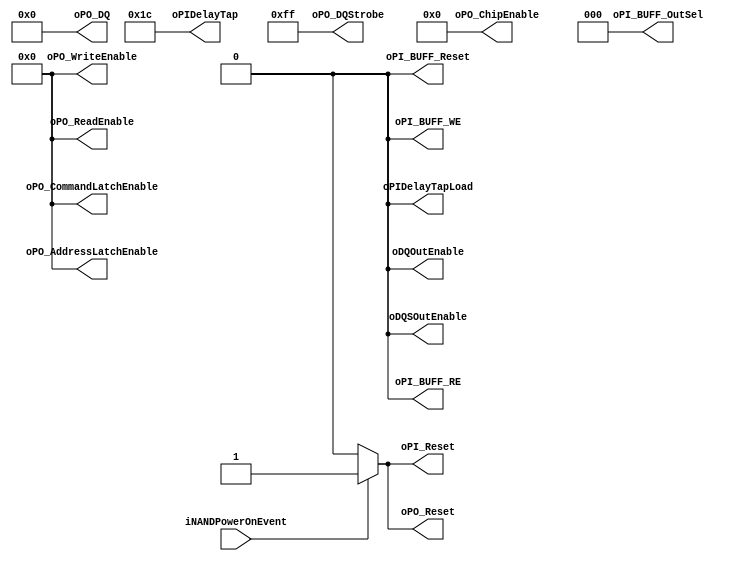
//////////////////////////////////////////////////////////////////////////////////
// NPM_Toggle_IDLE_DDR100 for Cosmos OpenSSD
// Copyright (c) 2015 Hanyang University ENC Lab.
// Contributed by Ilyong Jung <iyjung@enc.hanyang.ac.kr>
//                Yong Ho Song <yhsong@enc.hanyang.ac.kr>
//
// This file is part of Cosmos OpenSSD.
//
// Cosmos OpenSSD is free software; you can redistribute it and/or modify
// it under the terms of the GNU General Public License as published by
// the Free Software Foundation; either version 3, or (at your option)
// any later version.
//
// Cosmos OpenSSD is distributed in the hope that it will be useful,
// but WITHOUT ANY WARRANTY; without even the implied warranty of
// MERCHANTABILITY or FITNESS FOR A PARTICULAR PURPOSE.
// See the GNU General Public License for more details.
//
// You should have received a copy of the GNU General Public License
// along with Cosmos OpenSSD; see the file COPYING.
// If not, see <http://www.gnu.org/licenses/>. 
//////////////////////////////////////////////////////////////////////////////////

//////////////////////////////////////////////////////////////////////////////////
// Company: ENC Lab. <http://enc.hanyang.ac.kr>
// 
// Project Name: Cosmos OpenSSD
// Design Name: NPM_Toggle_IDLE_DDR100
// Module Name: NPM_Toggle_IDLE_DDR100
//
// Version: v1.0.0
//
// Description: NFC PM idle FSM
//
//////////////////////////////////////////////////////////////////////////////////

//////////////////////////////////////////////////////////////////////////////////
// Revision History:
//
// * v1.0.0
//   - first draft
//////////////////////////////////////////////////////////////////////////////////
`timescale 1ns / 1ps

module NPM_Toggle_IDLE_DDR100
#
(
    parameter NumberOfWays    =   4
)
(
    iNANDPowerOnEvent       ,
    oPI_Reset               ,
    oPI_BUFF_Reset          ,
    oPO_Reset               ,
    oPI_BUFF_RE             ,
    oPI_BUFF_WE             ,
    oPI_BUFF_OutSel         ,
    oPIDelayTapLoad         ,
    oPIDelayTap             ,
    oPO_DQStrobe            ,
    oPO_DQ                  ,
    oPO_ChipEnable          ,
    oPO_ReadEnable          ,
    oPO_WriteEnable         ,
    oPO_AddressLatchEnable  ,
    oPO_CommandLatchEnable  ,
    oDQSOutEnable           ,
    oDQOutEnable            
);
    input                           iNANDPowerOnEvent       ;
    output                          oPI_Reset               ;
    output                          oPI_BUFF_Reset          ;
    output                          oPO_Reset               ;
    output                          oPI_BUFF_RE             ;
    output                          oPI_BUFF_WE             ;
    output  [2:0]                   oPI_BUFF_OutSel         ;
    output                          oPIDelayTapLoad         ;
    output  [4:0]                   oPIDelayTap             ;
    output  [7:0]                   oPO_DQStrobe            ;
    output  [31:0]                  oPO_DQ                  ;
    output  [2*NumberOfWays - 1:0]  oPO_ChipEnable          ;
    output  [3:0]                   oPO_ReadEnable          ;
    output  [3:0]                   oPO_WriteEnable         ;
    output  [3:0]                   oPO_AddressLatchEnable  ;
    output  [3:0]                   oPO_CommandLatchEnable  ;
    output                          oDQSOutEnable           ;
    output                          oDQOutEnable            ;
    
    // NPhy_Toggle Interface
    //  - RESET Interface
    assign oPI_Reset = (iNANDPowerOnEvent)? 1'b1:1'b0;
    assign oPI_BUFF_Reset = 0;
    
    assign oPO_Reset = (iNANDPowerOnEvent)? 1'b1:1'b0;
    
    //  - PI Interface
    assign oPI_BUFF_RE = 0;
    assign oPI_BUFF_WE = 0;
    assign oPI_BUFF_OutSel[2:0] = 3'b000;
    //iPI_BUFF_Empty
    //iReadData[31:0]
    
    assign oPIDelayTapLoad = 0;
    assign oPIDelayTap[4:0] = 5'b11100; // 28(d)
    //iPIDelayReady
    
    //  - PO Interface
    assign oPO_DQStrobe[7:0] = 8'b1111_1111;
    assign oPO_DQ[31:0] = 0;
    assign oPO_ChipEnable = 0;
    assign oPO_ReadEnable[3:0] = 0;
    assign oPO_WriteEnable[3:0] = 0;
    assign oPO_AddressLatchEnable[3:0] = 0;
    assign oPO_CommandLatchEnable[3:0] = 0;
    
    //  - Pad Interface
    assign oDQSOutEnable = 0;
    assign oDQOutEnable = 0;
    
    //iReadyBusy[NumberOfWays - 1:0] // bypass
    
endmodule